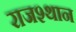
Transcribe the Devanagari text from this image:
राजश्थान